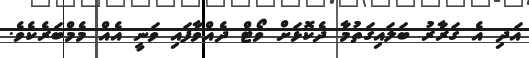
އަދި އެ ގަރާރު ބަލައިގަތުމާ ދެކޮޅަށް ވޯޓް ދެއްވާފައި ވަނީ އެއް މެމްބަރެކެވެ.